Leningradi_Edasi_toimetus, lk 232
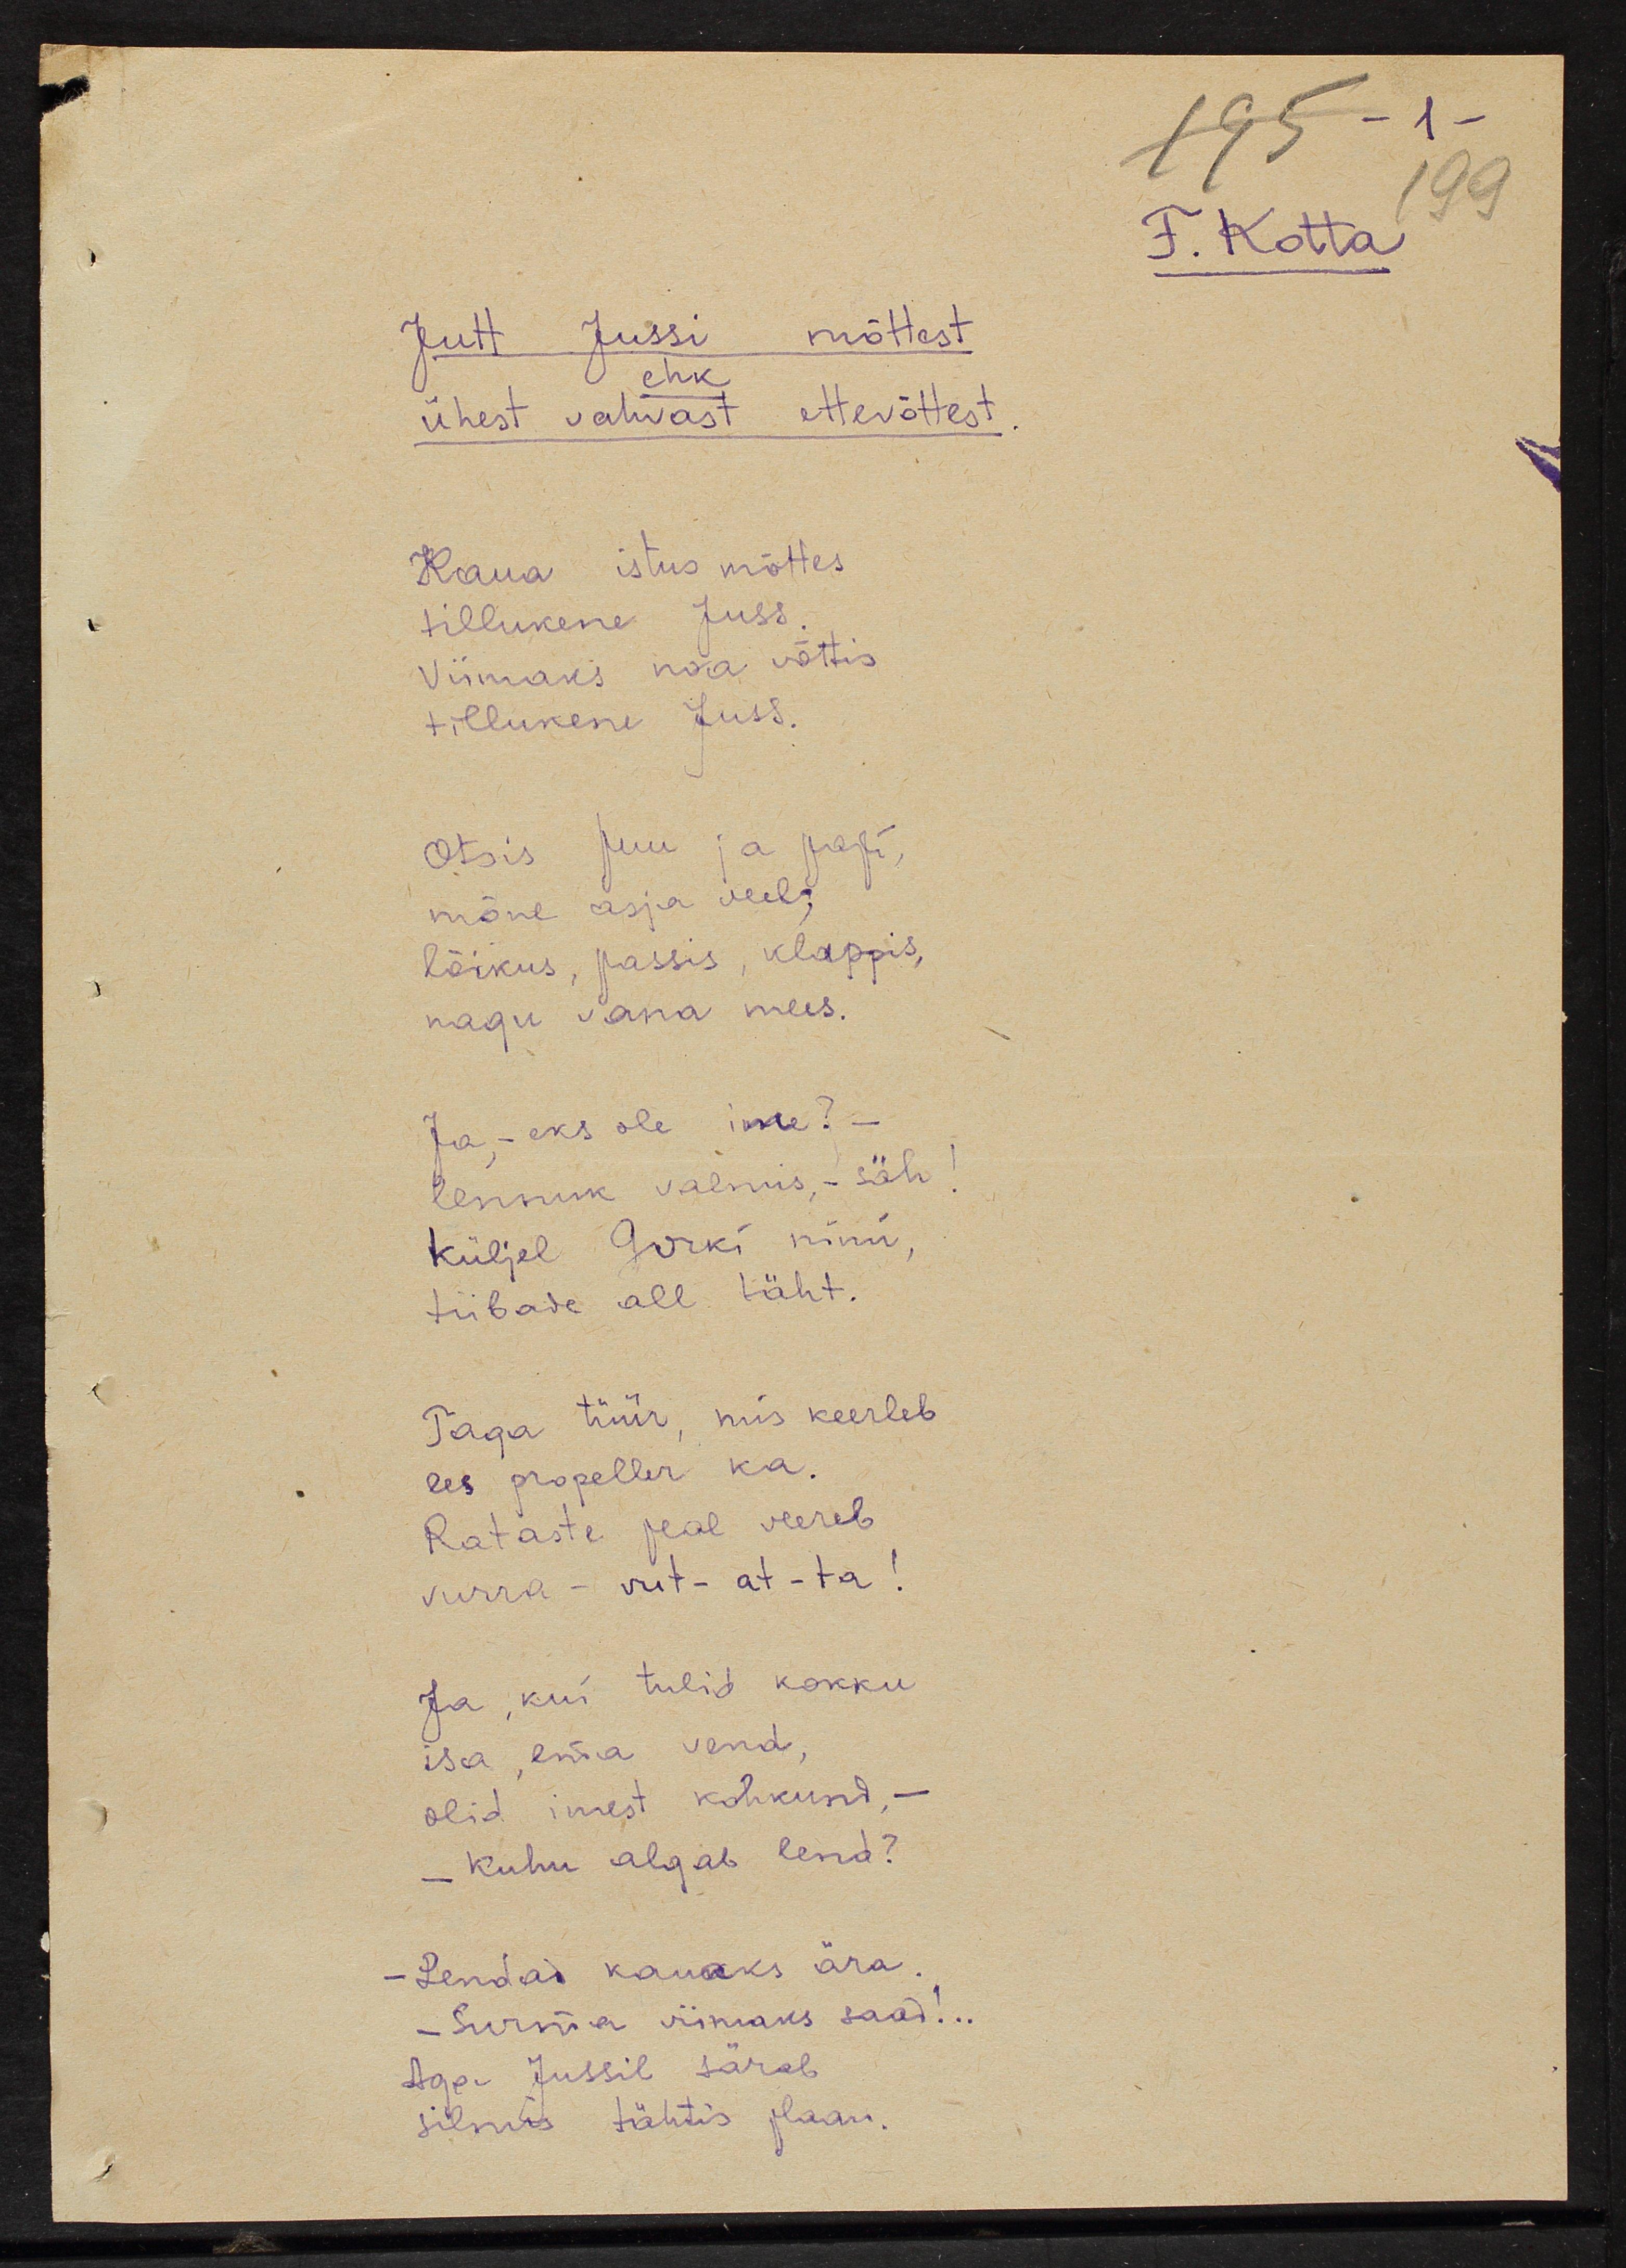
Jutt Jussi mõttest
ehk
ühest vahvast ettevõttest
Kaua istus mõttes
tillukene Juss.
Viimaks noa võttis
tillukene Juss
Otsis puu ja papi,
mõne asja veel,
lõikus, passis, klappis,
nagu vana mees.
Ja, - eks ole ime?-
lennuk valmis, säh!
Küljel Gorki nimi,
tiibade all täht
Taga tüür, mis keerleb
ees propeller ka.
Rataste peal veereb
vurra - vut - at - ta!
Ja, kui tulid kokku
isa, ema vend,
olid imest kohkund, -
- kuhu algab lend?
- Lendad kauaks ära.
- Surma viimaks saad!..
Aga Jussil särab 
silmis tähtis plaan.

F.Kotta